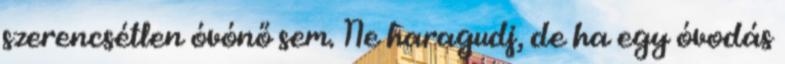
szerencsétlen óvónő sem. Ne haragudj, de ha egy óvodás